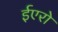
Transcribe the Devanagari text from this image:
ईएरो